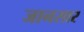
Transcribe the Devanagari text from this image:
जानसार